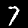
Label: 7